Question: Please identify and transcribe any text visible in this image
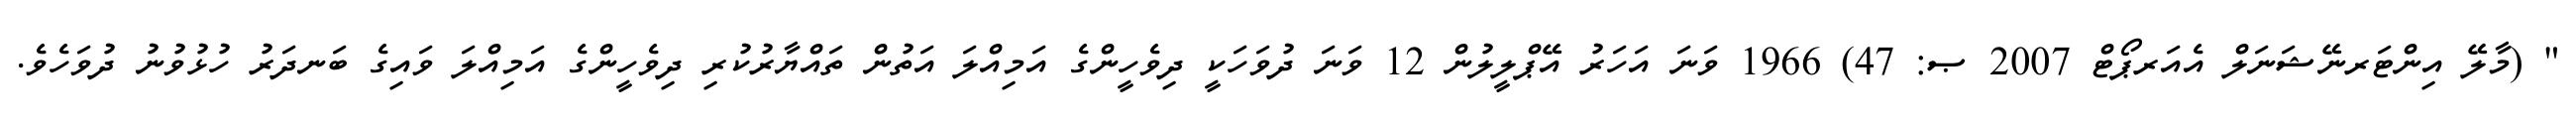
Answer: " (މާލޭ އިންޓަރނޭޝަނަލް އެއަރޕޯޓް 2007 ޞ: 47) 1966 ވަނަ އަހަރު އޭޕްލީލުން 12 ވަނަ ދުވަހަކީ ދިވެހީންގެ އަމިއްލަ އަތުން ތައްޔާރުކުރި ދިވެހީންގެ އަމިއްލަ ވައިގެ ބަނދަރު ހުޅުވުނު ދުވަހެވެ.